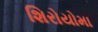
શિરોયોમા